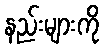
နည်းများကို